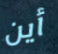
أين